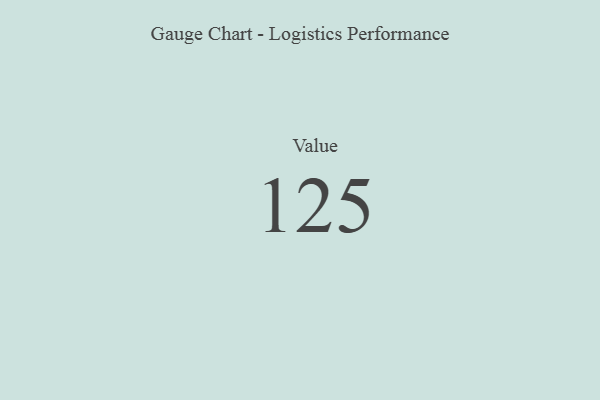
{"axis": {"x": "Metric", "y": "Value"}, "legend": [""], "data": [{"x": "Value", "y": 125, "type": ""}]}